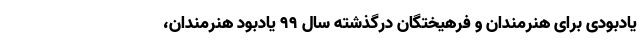
یادبودی برای هنرمندان و فرهیختگان درگذشته سال ۹۹ یادبود هنرمندان،